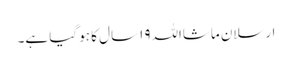
ارسلان ماشااللہ١٩ سال کا ہو گیا ہے۔